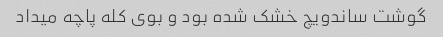
گوشت ساندویچ خشک شده بود و بوی کله پاچه میداد